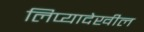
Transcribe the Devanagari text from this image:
लिप्यादेखील